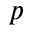
p